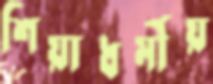
শিয়াধর্মীয়